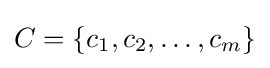
C=\{c_{1},c_{2},\ldots ,c_{m}\}